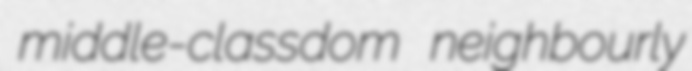
middle-classdom neighbourly